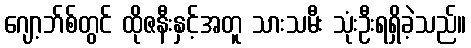
ဂျော့ဘ်စ်တွင် ထိုဇနီးနှင့်အတူ သားသမီး သုံးဦးရရှိခဲ့သည်။